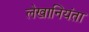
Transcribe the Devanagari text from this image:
लेखानियंता